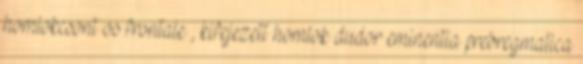
homlokcsont os frontale , kifejezett homlok dudor eminentia prebregmatica